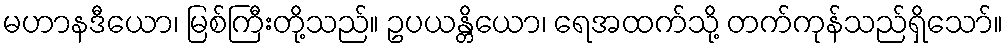
မဟာနဒီယော၊ မြစ်ကြီးတို့သည်။ ဥပယန္တိယော၊ ရေအထက်သို့ တက်ကုန်သည်ရှိသော်။